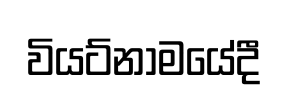
වියට්නාමයේදී